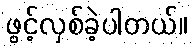
ဖွင့်လှစ်ခဲ့ပါတယ်။